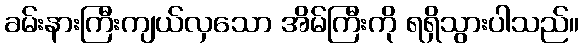
ခမ်းနားကြီးကျယ်လှသော အိမ်ကြီးကို ရရှိသွားပါသည်။